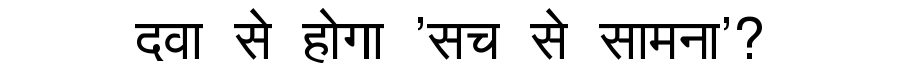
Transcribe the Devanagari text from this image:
दवा से होगा 'सच से सामना'?